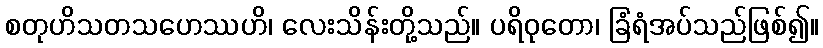
စတုဟိသတသဟေဿဟိ၊ လေးသိန်းတို့သည်။ ပရိဝုတော၊ ခြံရံအပ်သည်ဖြစ်၍။